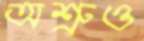
অশ্রুও